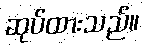
ဆုပ်ထားသည်။